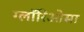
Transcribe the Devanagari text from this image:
ग्लॉरिओसा